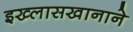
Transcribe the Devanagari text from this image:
इख्लासखानाने